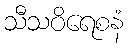
သီသဝိရေစနံ